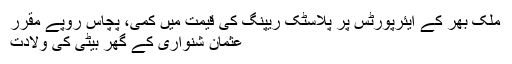
ملک بھر کے ایئرپورٹس پر پلاسٹک ریپنگ کی قیمت میں کمی، پچاس روپے مقرر
عثمان شنواری کے گھر بیٹی کی ولادت